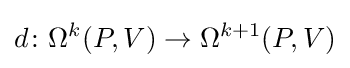
d\colon \Omega ^{k}(P,V)\rightarrow \Omega ^{k+1}(P,V)